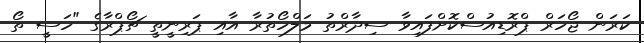
ކަރަން ޖޯހަރް ޕްރޮޑިއުސްކޮށްފައިވާ ސިދާރްތު މަލްހޯތުރާ އާއި ޕަރިނީތީ ޗޯޕްރާގެ "ހަސީ ތޯ